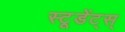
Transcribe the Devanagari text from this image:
स्टूडेंट्स्